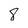
Character: 8